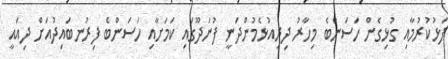
ފަޅުކުރުމާއި ގުޅިގެން ހަސަންބެ މިހާރު ދިރިއުޅެމުންދަނީ ފުނަދޫގައި ކަމަށާއި ހަސަންބެ ފިރުނބައިދުއަށް ދިއައީ